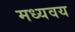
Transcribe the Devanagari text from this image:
मध्यवय